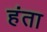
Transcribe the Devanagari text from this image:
हंता